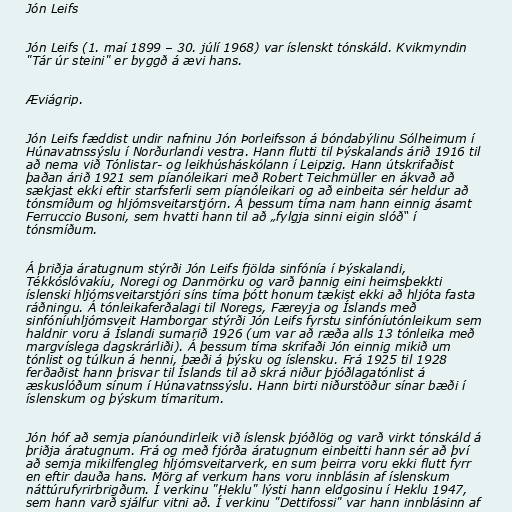
Jón Leifs

Jón Leifs (1. maí 1899 – 30. júlí 1968) var íslenskt tónskáld. Kvikmyndin
"Tár úr steini" er byggð á ævi hans.

Æviágrip.

Jón Leifs fæddist undir nafninu Jón Þorleifsson á bóndabýlinu Sólheimum í
Húnavatnssýslu í Norðurlandi vestra. Hann flutti til Þýskalands árið 1916 til
að nema við Tónlistar- og leikhúsháskólann í Leipzig. Hann útskrifaðist
þaðan árið 1921 sem píanóleikari með Robert Teichmüller en ákvað að
sækjast ekki eftir starfsferli sem píanóleikari og að einbeita sér heldur að
tónsmíðum og hljómsveitarstjórn. Á þessum tíma nam hann einnig ásamt
Ferruccio Busoni, sem hvatti hann til að „fylgja sinni eigin slóð“ í
tónsmíðum.

Á þriðja áratugnum stýrði Jón Leifs fjölda sinfónía í Þýskalandi,
Tékkóslóvakíu, Noregi og Danmörku og varð þannig eini heimsþekkti
íslenski hljómsveitarstjóri síns tíma þótt honum tækist ekki að hljóta fasta
ráðningu. Á tónleikaferðalagi til Noregs, Færeyja og Íslands með
sinfóníuhljómsveit Hamborgar stýrði Jón Leifs fyrstu sinfóníutónleikum sem
haldnir voru á Íslandi sumarið 1926 (um var að ræða alls 13 tónleika með
margvíslega dagskrárliði). Á þessum tíma skrifaði Jón einnig mikið um
tónlist og túlkun á henni, bæði á þýsku og íslensku. Frá 1925 til 1928
ferðaðist hann þrisvar til Íslands til að skrá niður þjóðlagatónlist á
æskuslóðum sínum í Húnavatnssýslu. Hann birti niðurstöður sínar bæði í
íslenskum og þýskum tímaritum.

Jón hóf að semja píanóundirleik við íslensk þjóðlög og varð virkt tónskáld á
þriðja áratugnum. Frá og með fjórða áratugnum einbeitti hann sér að því
að semja mikilfengleg hljómsveitarverk, en sum þeirra voru ekki flutt fyrr
en eftir dauða hans. Mörg af verkum hans voru innblásin af íslenskum
náttúrufyrirbrigðum. Í verkinu "Heklu" lýsti hann eldgosinu í Heklu 1947,
sem hann varð sjálfur vitni að. Í verkinu "Dettifossi" var hann innblásinn af